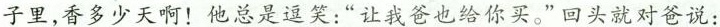
子里,香多少天啊!他总是逗笑:“让我爸也给你买。”回头就对爸说：